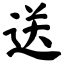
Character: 送